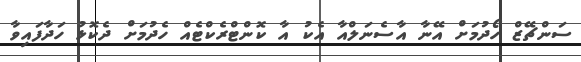
ސަންޗޭޒް ހޯދުމަށް އޭނާ އާސެނަލްއާ އެކު އާ ކޮންޓްރެކްޓެއް ހެދުމަށް ދެކޮޅު ހަދާފައިވާ